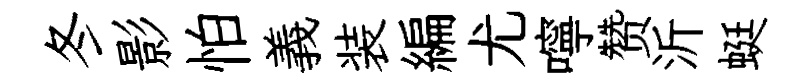
冬影怕義装編尤嚀赞沂蜓